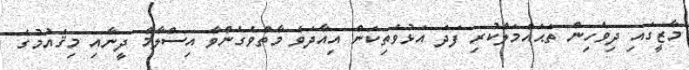
މާޒީގައި ދިވެހިން ތަޙައްމަލްކުރި ފަދަ އަޅުވެތިކަން އިއާދަވެ މާތްވެގެންވާ އިސްލާމް ދީނާއި މިޤައުމުގެ